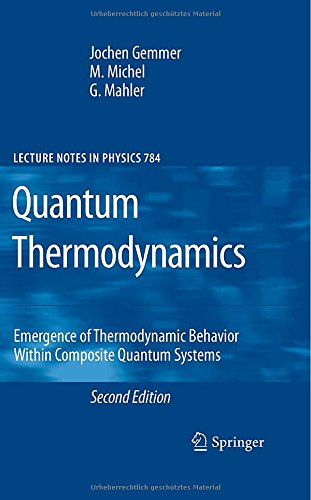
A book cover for Quantum Thermodynamics: Emergence of Thermodynamic Behavior Within Composite Quantum Systems (Lecture Notes in Physics); Jochen Gemmer; Science & Math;